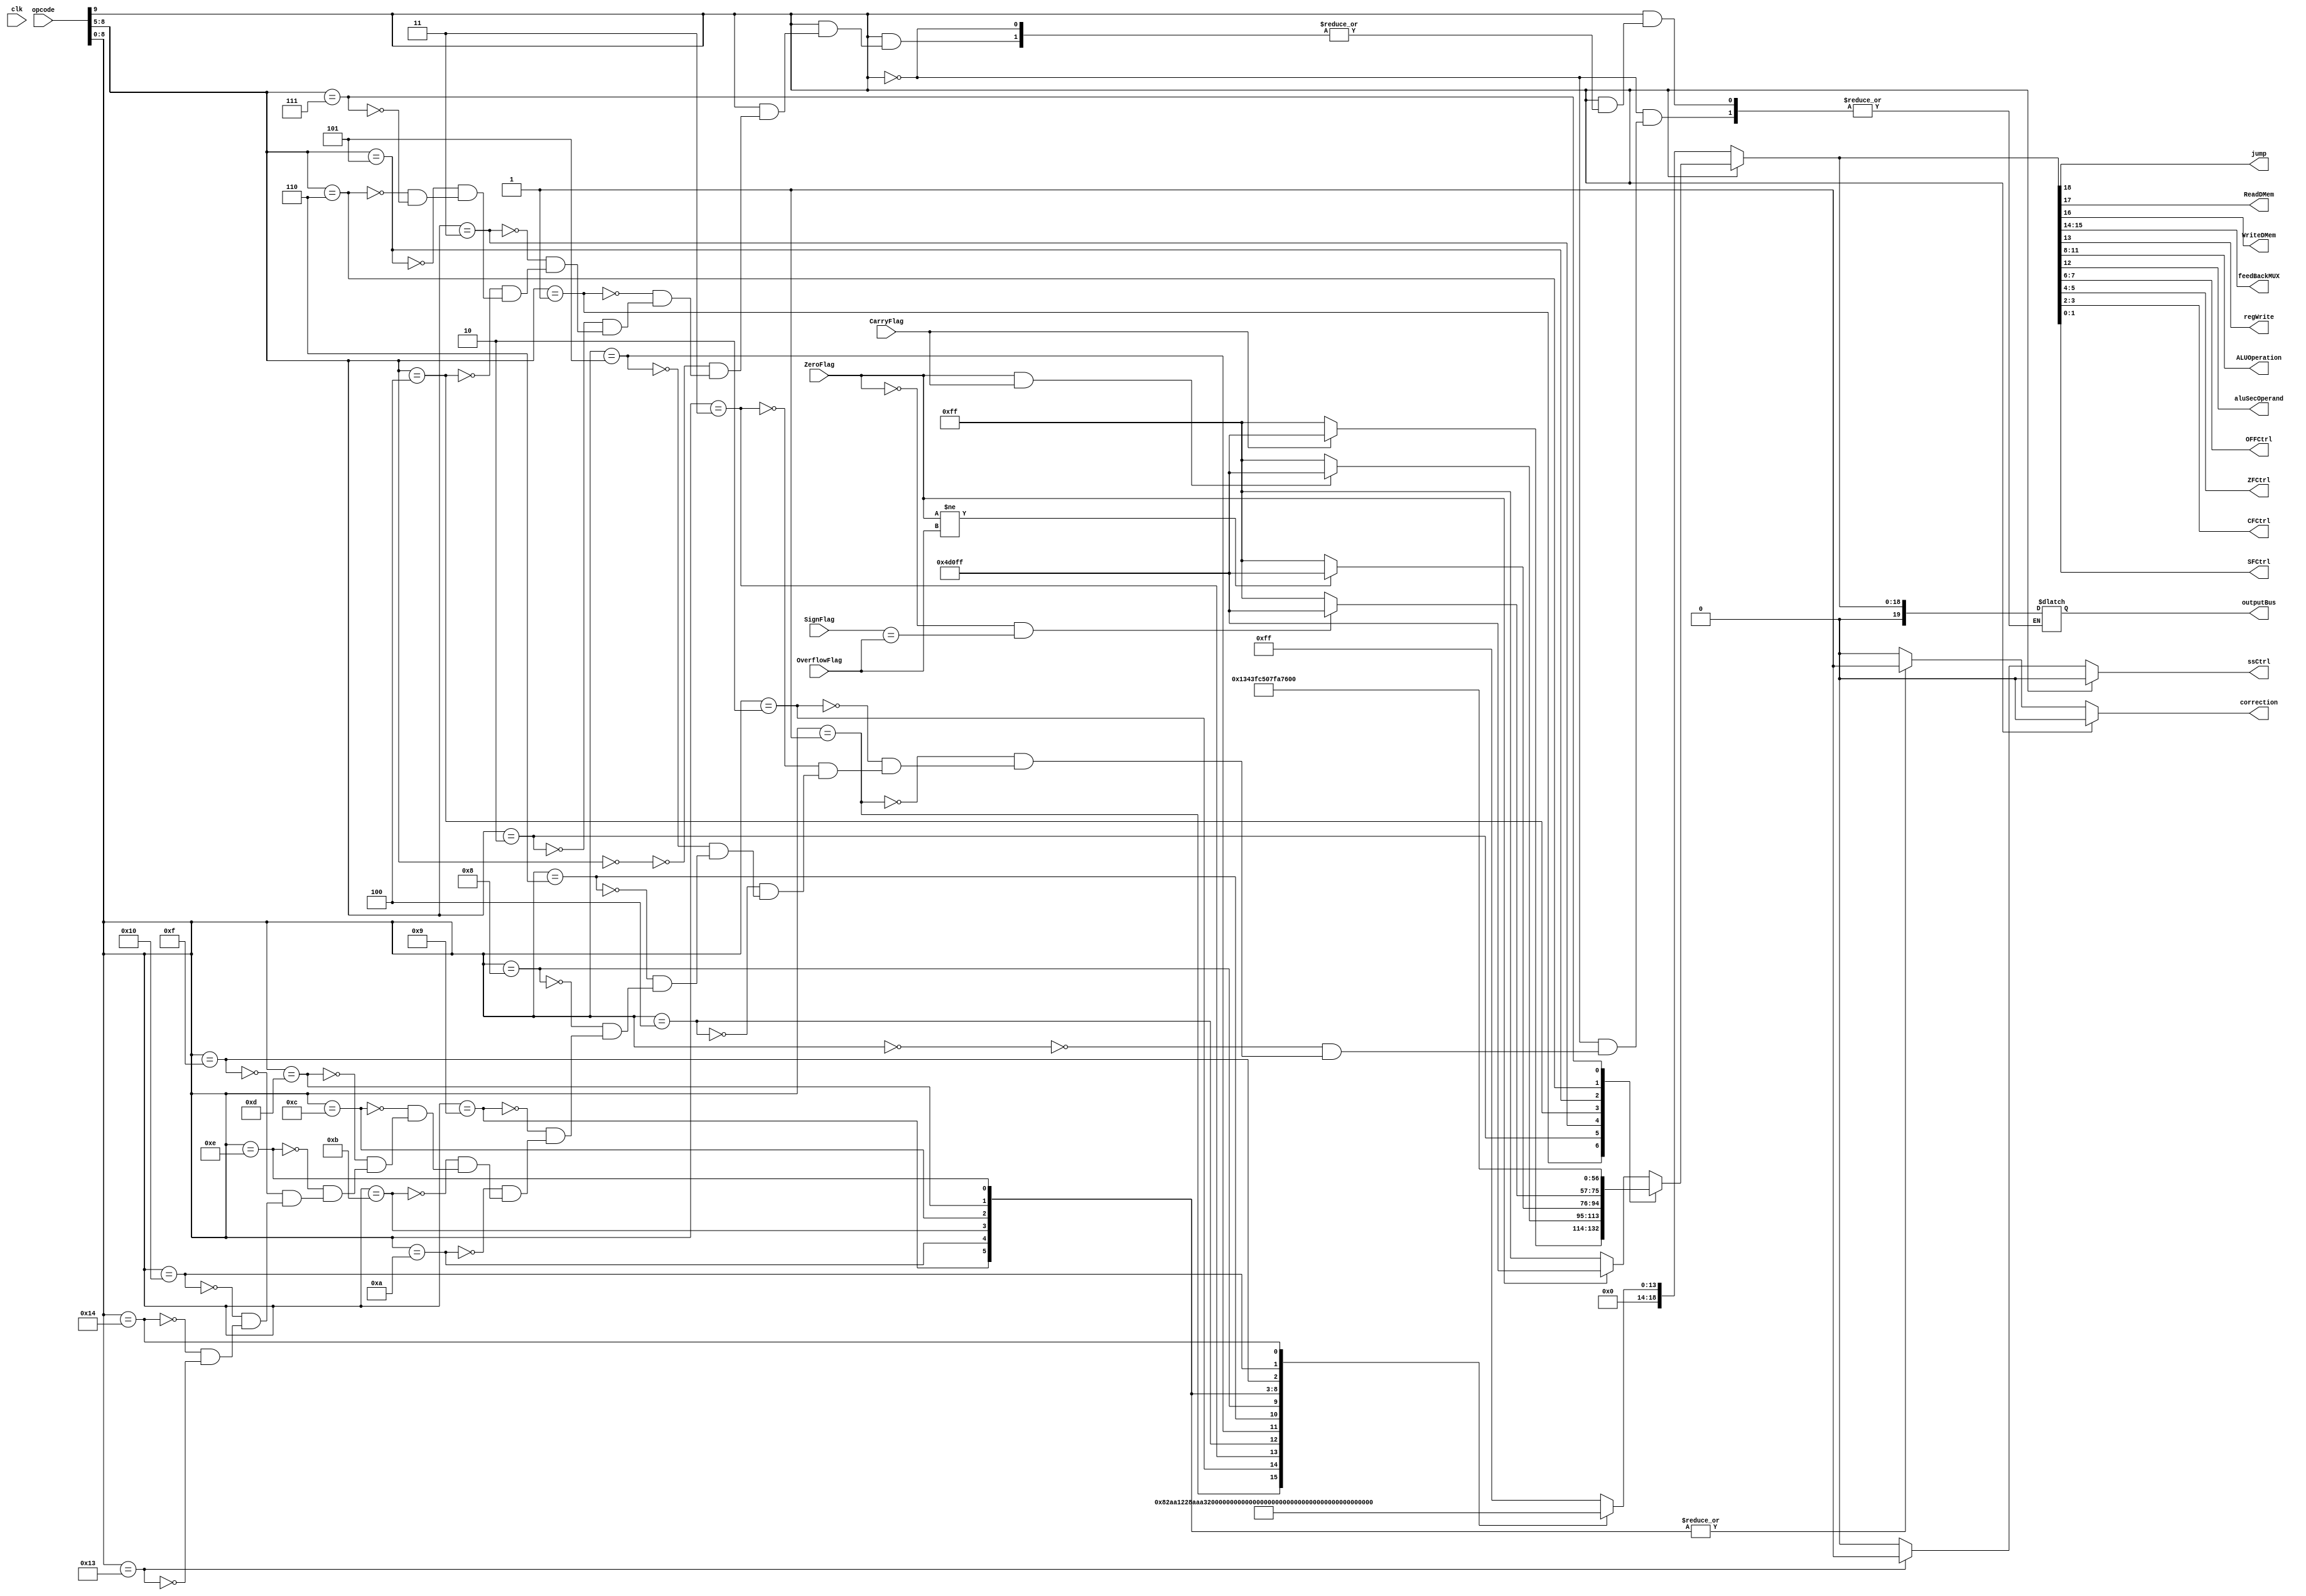
module controller (
    output reg ssCtrl,
    input clk,
    input [9:0]opcode,
    input ZeroFlag,
          SignFlag,
          CarryFlag,
          OverflowFlag, 
    output reg jump,
           ReadDMem,
           WriteDMem,
    output reg [1:0]feedBackMUX,
    output reg regWrite,
    output reg [3:0] ALUOperation,
    output reg aluSecOperand,
    output reg [19:0] outputBus,
    output reg [1:0] OFFCtrl,ZFCtrl,CFCtrl,SFCtrl,
    output reg correction
    
);

// ZeroFlag     : indicate zero value of one register and more...
// SignFlag     : MSB of one operation
// CarryFlag    : carry out of the alu
// OverflowFlag : compare sign of result and operands
initial begin
correction = 0;
end
// reg[11:0] outputBus;

initial begin
{jump,ReadDMem,WriteDMem,feedBackMUX,regWrite,aluSecOperand,ALUOperation,OFFCtrl,ZFCtrl,CFCtrl,SFCtrl} = 19'b0000000000000000000;
end

always @(opcode) begin

    ssCtrl = 0;
    correction = 0;

    //feedback mainAluResult,dataMemoryOutput,immidiate,8'b00000000
    //alusecondoperand reg2Data,immidiate
    //force 0, force 1, update, keep
    if(opcode[9]==0)
    begin   
        case (opcode[8:0])
        9'b000000000: outputBus = 19'b0_0_0_00_0_0_0000_11_11_11_11;
        9'b000000001: outputBus = 19'b0_0_0_00_1_0_0000_10_10_10_10;
        9'b000000010: outputBus = 19'b0_0_0_00_1_0_0001_00_10_00_10;
        9'b000000011: outputBus = 19'b0_0_0_00_1_0_0010_10_10_10_10;
        9'b000000100: outputBus = 19'b0_0_0_00_1_0_0011_00_10_00_10;
        9'b000000101: outputBus = 19'b0_0_0_00_1_0_0100_00_10_00_10;
        9'b000000110: outputBus = 19'b0_0_0_00_1_0_0101_11_11_11_11;
        9'b000001000: outputBus = 19'b0_0_0_00_1_0_0110_11_11_11_11;

        9'b000001001: begin outputBus = 19'b0_0_0_00_1_1_0111_10_10_10_10; correction = 1; end
        9'b000001010: begin outputBus = 19'b0_0_0_00_1_1_1000_10_10_10_10; correction = 1; end
        9'b000001011: begin outputBus = 19'b0_0_0_00_1_1_1001_10_10_10_10; correction = 1; end
        9'b000001100: begin outputBus = 19'b0_0_0_00_1_1_1010_10_10_10_10; correction = 1; end
        9'b000001101: begin outputBus = 19'b0_0_0_00_1_1_1011_10_10_10_10; correction = 1; end
        9'b000001110: begin outputBus = 19'b0_0_0_00_1_1_1100_10_10_10_10; correction = 1; end

        9'b000001111: outputBus = 19'b0_0_0_00_1_0_1110_10_10_10_10;
        9'b000010000: outputBus = 19'b0_0_0_00_1_0_1111_10_10_10_10;
        9'b000010100: outputBus = 19'b0_0_0_00_0_1_0010_10_10_10_10;
        9'b000010011: begin outputBus = 19'b0_0_0_00_0_0_0000_11_11_11_11; ssCtrl = 1; end
        endcase
    end
    else if(opcode[9]==1) 
    begin
        case (opcode[8:5])
        //complete right hand
        // {jump,ReadDMem,WriteDMem,feedBackMUX,regWrite,aluSecOperand,ALUOperation,FlagChangeCtrl}
        //feedback mainAluResult,dataMemoryOutput,immidiate,8'b00000000
        //alusecondoperand reg2Data,immidiate
        4'b0000: if(ZeroFlag) outputBus = 19'b1001101000011111111; else outputBus = 19'b0000000000011111111;
        4'b0001: if(CarryFlag) outputBus = 19'b1001101000011111111; else outputBus = 19'b0000000000011111111;
        4'b0010: if(ZeroFlag&CarryFlag) outputBus = 19'b1001101000011111111; else outputBus = 19'b0000000000011111111;
        4'b0011: if(ZeroFlag!=OverflowFlag)outputBus = 19'b1001101000011111111; else outputBus = 19'b0000000000011111111;
        4'b0100: if((!ZeroFlag)&(SignFlag==OverflowFlag)) outputBus = 19'b1001101000011111111; else outputBus = 19'b0000000000011111111;
        4'b0101: outputBus = 19'b1001101000011111111;
        4'b0110: outputBus = 19'b0001010000011111111;
        4'b0111: outputBus = 19'b0100111010111111111;
            
        endcase
    end

    {jump,ReadDMem,WriteDMem,feedBackMUX,regWrite,aluSecOperand,ALUOperation,OFFCtrl,ZFCtrl,CFCtrl,SFCtrl} = outputBus;


end

endmodule //controller